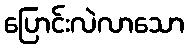
ပြောင်းလဲလာသော